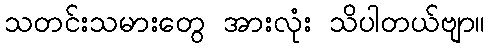
သတင်းသမားတွေ အားလုံး သိပါတယ်ဗျာ။